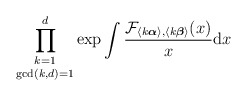
\begin{align*}\underset{\gcd(k,d)=1}{\prod_{k=1}^{d}}\exp\int\frac{\mathcal{F}_{\langle k\boldsymbol{\alpha}\rangle,\langle k\boldsymbol{\beta}\rangle}(x)}{x}\mathrm{d}x\end{align*}